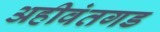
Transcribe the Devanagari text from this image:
अहीवंतगड